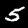
Digit: 5